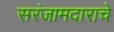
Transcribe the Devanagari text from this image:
सरंजामदाराचे